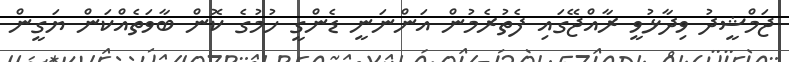
ޖަމްޝީދު ވިދާޅުވީ ރާއްޖޭގައި ފެތުރެމުން އަންނަނީ ޑެންގީ ހުމުގެ ކޮން ބާވަތެއްކަން ޔަގީން